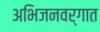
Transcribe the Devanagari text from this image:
अभिजनवर्गात